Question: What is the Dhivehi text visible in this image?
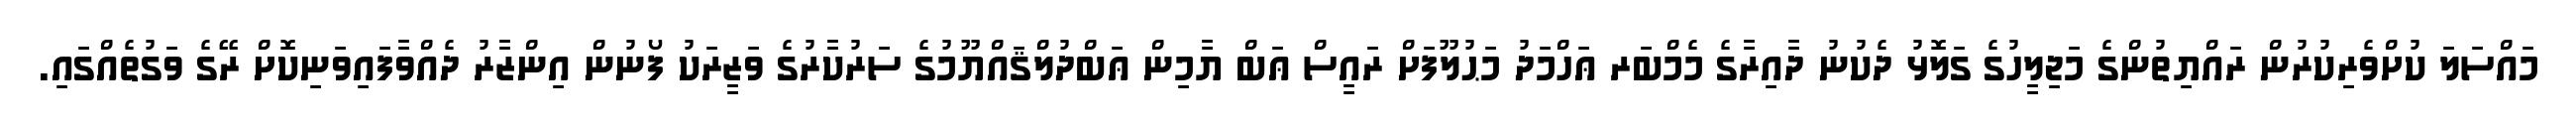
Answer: މައްސަލަ ކުށްވެރިކުރުން ރައްޔިތުންގެ މަޖިލީހުގެ ގަލޮޅު ދެކުނު ދާއިރާގެ މެމްބަރ ޢަހްމަދު މަޙުލޫފަށް ރައީސް ޢަބް ޔާމިން ޢަބްދުލްޤައްޔޫމުގެ ސަރުކާރުގެ ވަޒީރަކު ފޯނުން އިންޒާރު ދެއްވާފައިވަނިކޮށް ރޭގެ ވަގުތެއްގައި.